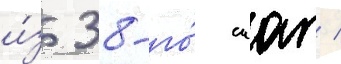
и́з 38-го́ иап /